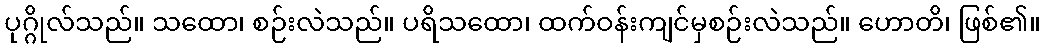
ပုဂ္ဂိုလ်သည်။ သထော၊ စဉ်းလဲသည်။ ပရိသထော၊ ထက်ဝန်းကျင်မှစဉ်းလဲသည်။ ဟောတိ၊ ဖြစ်၏။